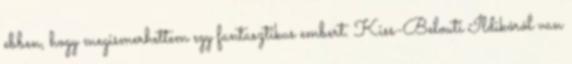
ebben, hogy megismerhettem egy fantasztikus embert. Kiss-Belouti Ildikóról van